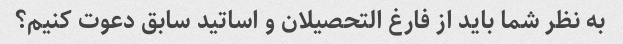
به نظر شما باید از فارغ التحصیلان و اساتید سابق دعوت کنیم؟